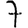
Digit: 7